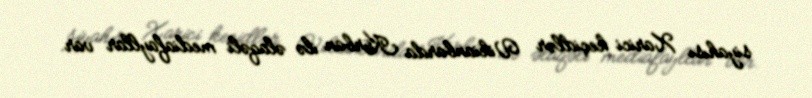
siyahısı Xarici keçidlər Vikianbarda Kürban ilə əlaqəli mediafayllar var.